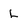
Character: l